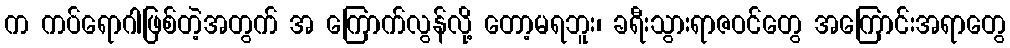
က ကပ်ရောဂါဖြစ်တဲ့အတွက် အ ကြောက်လွန်လို့ တော့မရဘူး၊ ခရီးသွားရာဇဝင်တွေ အကြောင်းအရာတွေ